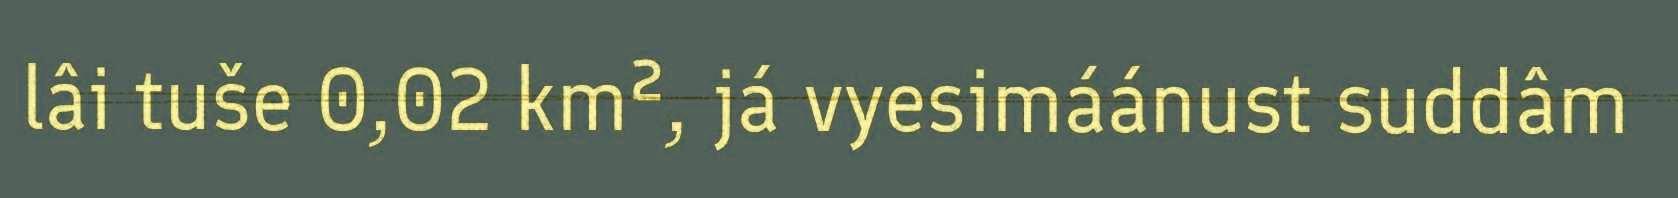
lâi tuše 0,02 km², já vyesimáánust suddâm